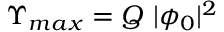
\Upsilon _ { m a x } = Q ~ | \phi _ { 0 } | ^ { 2 }